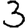
Digit: 3